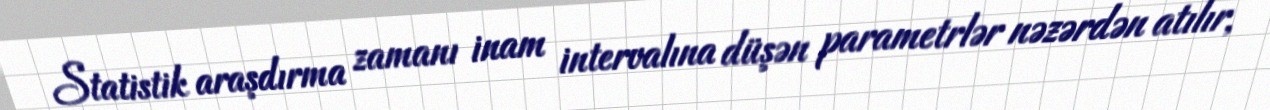
Statistik araşdırma zamanı inam intervalına düşən parametrlər nəzərdən atılır,